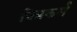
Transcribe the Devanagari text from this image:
विप्रकर्म